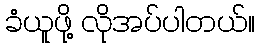
ခံယူဖို့ လိုအပ်ပါတယ်။